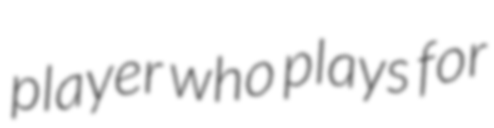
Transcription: player who plays for